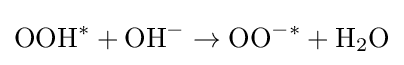
\mathrm {OOH} ^{*}+\mathrm {OH} ^{-}\rightarrow \mathrm {OO} ^{-*}+\mathrm {H} _{2}\mathrm {O}